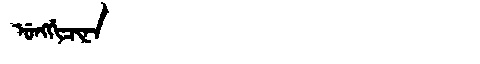
Manchu: ᡠᠩᡤᡳᠴᡳᠨᠠ
Romanization: UNGGICINA